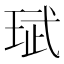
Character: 珷